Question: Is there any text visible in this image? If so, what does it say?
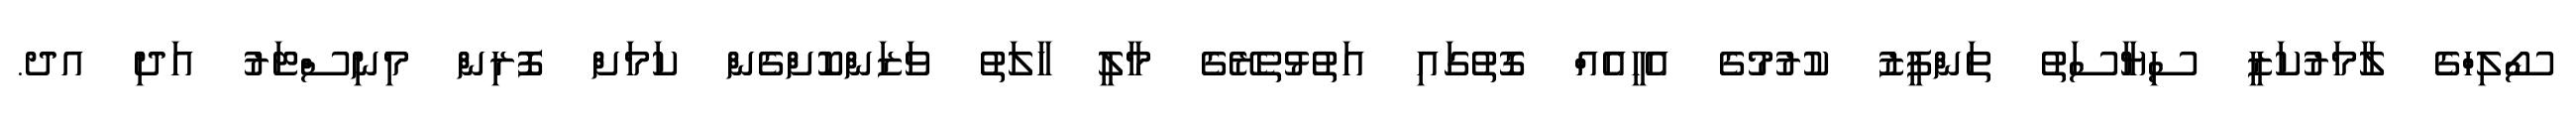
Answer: ސޯލިހްގެ ލާމަރުކަޒީ ސިޔާސަތު ތަންފީޒު ކުރުމުގެ އެހީއެއް ގޮތުގައި އަތުޅުތެރޭގެ މާލީ ހާލަތު ވަޒަންކޮށްގެން ކަމަށް ފޮރިން މިނިސްޓަރު އަދި އދ.